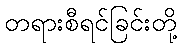
တရားစီရင်ခြင်းတို့